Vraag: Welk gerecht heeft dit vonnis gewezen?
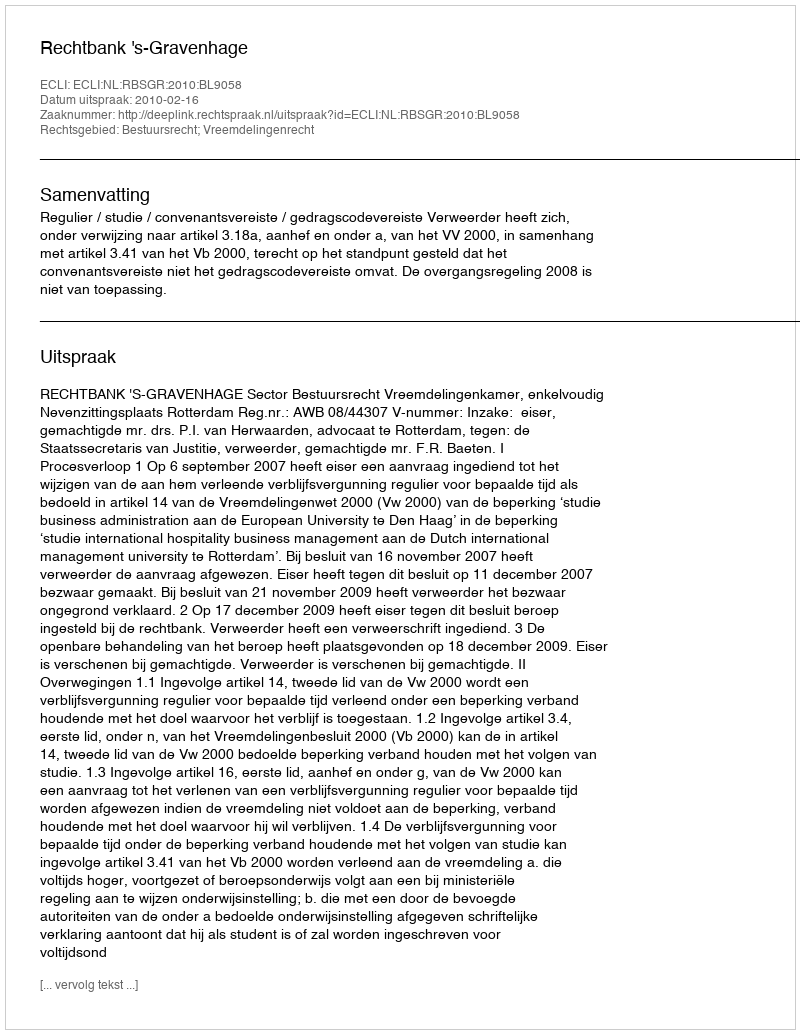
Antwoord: Rechtbank 's-Gravenhage